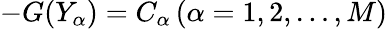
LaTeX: -G(Y_{\alpha})=C_{\alpha}\, (\alpha=1,2,\dots,M)